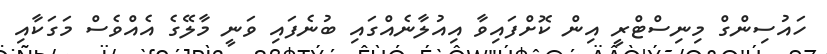
ހައުސިންގް މިނިސްޓްރީ އިން ކޮށްފައިވާ އިއުލާނެއްގައި ބުނެފައި ވަނީ މާލޭގެ އެއްވެސް މަގަކާއި